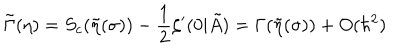
\tilde { \Gamma } ( \eta ) = S _ { c } ( \tilde { \eta } ( \sigma ) ) - \frac { 1 } { 2 } \zeta ^ { \prime } ( 0 | \tilde { A } ) = \Gamma ( \tilde { \eta } ( \sigma ) ) + O ( \hbar ^ { 2 } ) \nonumber